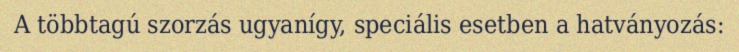
A többtagú szorzás ugyanígy, speciális esetben a hatványozás: